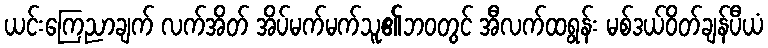
ယင်းကြေညာချက် လက်အိတ် အိပ်မက်မက်သူ၏ဘ၀တွင် အီလက်ထရွန်း မစ်ဒယ်ဝိတ်ချန်ပီယံ